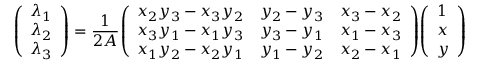
{ \left( \begin{array} { l } { \lambda _ { 1 } } \\ { \lambda _ { 2 } } \\ { \lambda _ { 3 } } \end{array} \right) } = { \frac { 1 } { 2 A } } { \left( \begin{array} { l l l } { x _ { 2 } y _ { 3 } - x _ { 3 } y _ { 2 } } & { y _ { 2 } - y _ { 3 } } & { x _ { 3 } - x _ { 2 } } \\ { x _ { 3 } y _ { 1 } - x _ { 1 } y _ { 3 } } & { y _ { 3 } - y _ { 1 } } & { x _ { 1 } - x _ { 3 } } \\ { x _ { 1 } y _ { 2 } - x _ { 2 } y _ { 1 } } & { y _ { 1 } - y _ { 2 } } & { x _ { 2 } - x _ { 1 } } \end{array} \right) } { \left( \begin{array} { l } { 1 } \\ { x } \\ { y } \end{array} \right) }